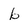
Character: b